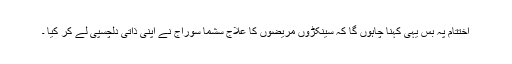
اختتام پہ بس یہی کہنا چاہوں گا کہ سینکڑوں مریضوں کا علاج سشما سوراج نے اپنی ذاتی دلچسپی لے کر کیا ۔